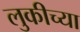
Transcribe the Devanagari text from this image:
लुकीच्या